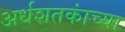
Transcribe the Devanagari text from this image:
अर्धशतकांच्या